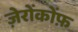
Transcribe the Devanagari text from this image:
ज़ेरोंकोंफ़